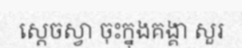
ស្តេចស្វា ចុះក្នុងគង្គា សួរ